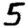
Digit: 5